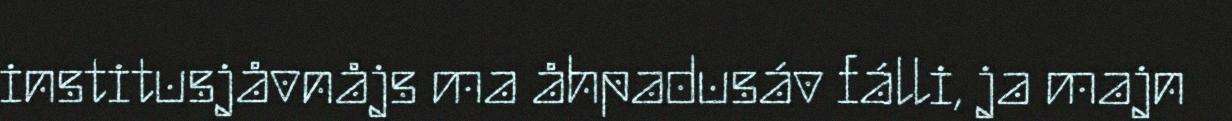
institusjåvnåjs ma åhpadusáv fálli, ja majn